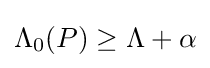
\textstyle \Lambda _{0}(P)\geq \Lambda +\alpha